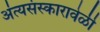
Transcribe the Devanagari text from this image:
अंत्यसंस्कारावेळी